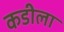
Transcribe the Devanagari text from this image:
कडीला